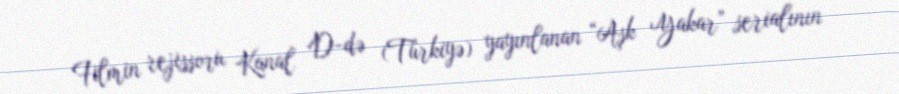
Filmin rejissoru Kanal D-də (Türkiyə) yayınlanan “Aşk Yakar” serialının